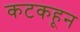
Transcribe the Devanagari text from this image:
कटकहून